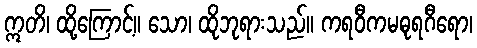
ဣတိ၊ ထို့ကြောင့်။ သော၊ ထိုဘုရားသည်။ ကရဝီကမဓုရဂီရော၊